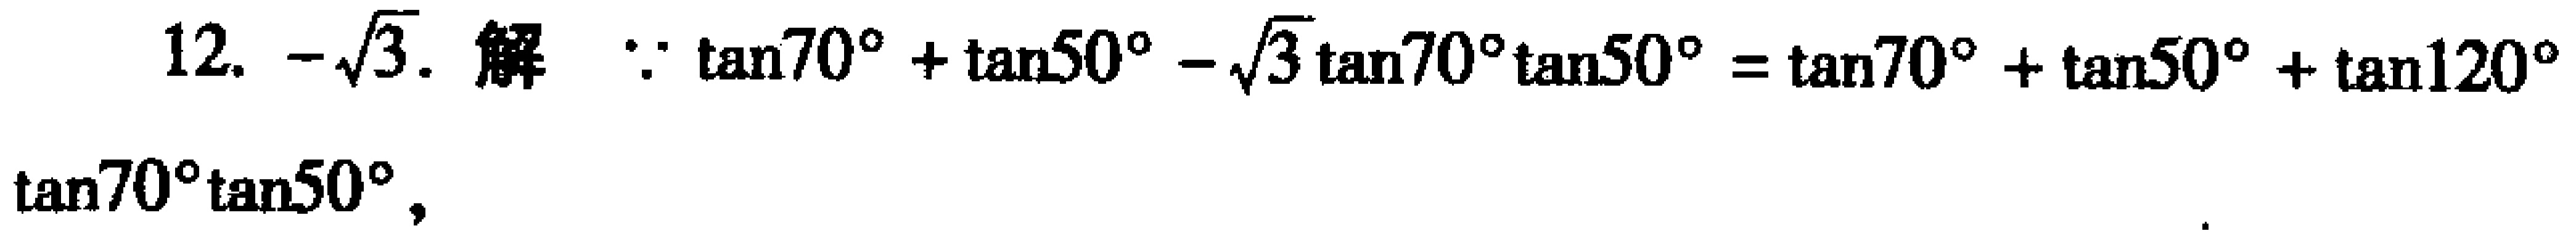
12. \(-\sqrt{3}\). 解 \(\because \tan70^{\circ}+\tan50^{\circ}-\sqrt{3}\tan70^{\circ}\tan50^{\circ}=\tan70^{\circ}+\tan50^{\circ}+\tan120^{\circ}\tan70^{\circ}\tan50^{\circ}\)，